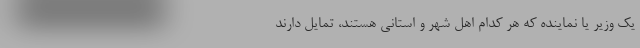
یک وزیر یا نماینده که هر کدام اهل شهر و استانی هستند، تمایل دارند